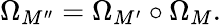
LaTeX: \Omega_{M^{\prime\prime}}=\Omega_{M^{\prime}}\circ\Omega_{M}.